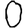
Digit: 0